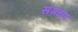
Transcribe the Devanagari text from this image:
संगहार